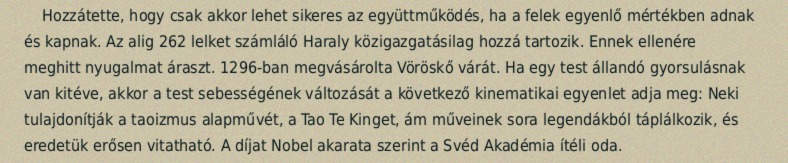
Hozzátette, hogy csak akkor lehet sikeres az együttműködés, ha a felek egyenlő mértékben adnak és kapnak. Az alig 262 lelket számláló Haraly közigazgatásilag hozzá tartozik. Ennek ellenére meghitt nyugalmat áraszt. 1296-ban megvásárolta Vöröskő várát. Ha egy test állandó gyorsulásnak van kitéve, akkor a test sebességének változását a következő kinematikai egyenlet adja meg: Neki tulajdonítják a taoizmus alapművét, a Tao Te Kinget, ám műveinek sora legendákból táplálkozik, és eredetük erősen vitatható. A díjat Nobel akarata szerint a Svéd Akadémia ítéli oda.